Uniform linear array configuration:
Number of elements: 16
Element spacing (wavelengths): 0.5
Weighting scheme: uniform
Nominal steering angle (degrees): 0
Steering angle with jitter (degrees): -1.627
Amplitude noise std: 0.05
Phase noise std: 0.05

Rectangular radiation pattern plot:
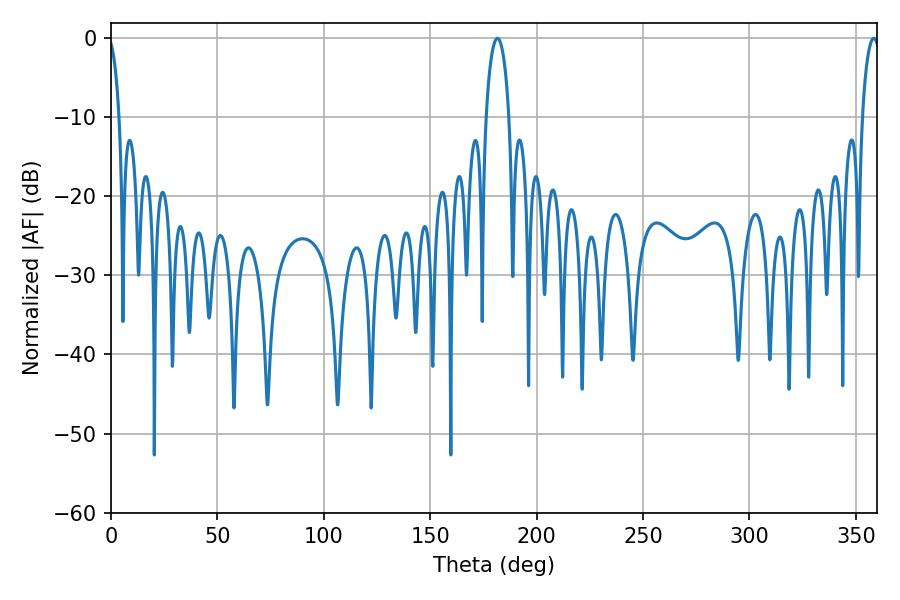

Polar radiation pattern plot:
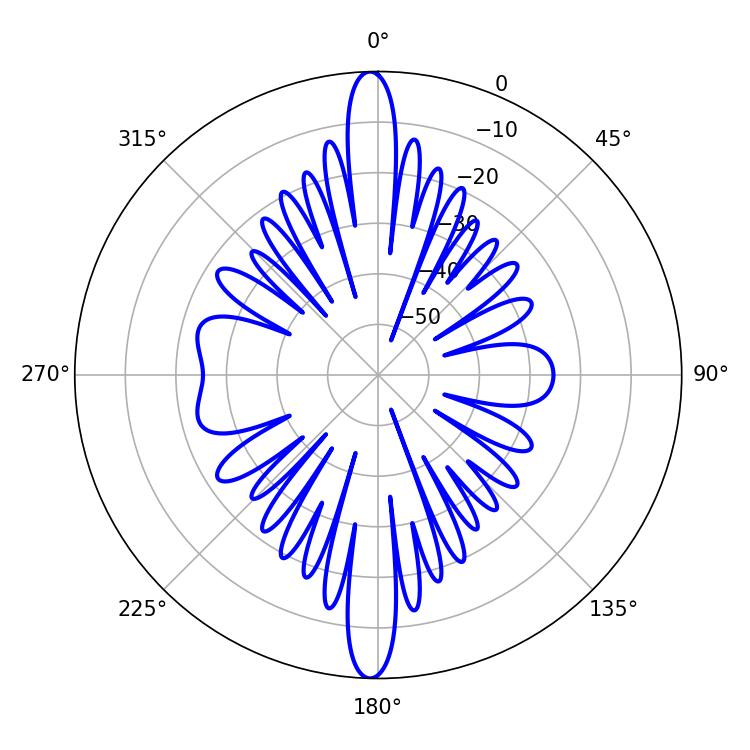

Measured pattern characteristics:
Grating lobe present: FALSE
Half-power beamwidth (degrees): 6.12
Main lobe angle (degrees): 181.62